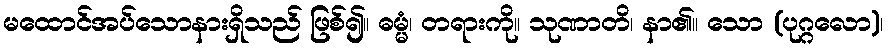
မထောင်အပ်သောနားရှိသည် ဖြစ်၍။ ဓမ္မံ၊ တရားကို။ သုဏာတိ၊ နာ၏။ သော (ပုဂ္ဂလော)၊